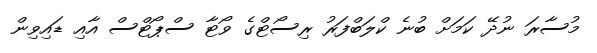
މުސާރަ ނުދޭ ކަމަށް ބުނެ ކްލަބްފަރު ރިސޯޓްގެ ވޯޓާ ސްޕޯޓްސް އާއި ޑައިވިން